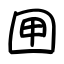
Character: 㘡